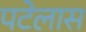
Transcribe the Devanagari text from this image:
पटेलास